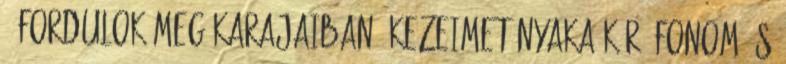
- fordulok meg karajaiban. Kezeimet nyaka köré fonom és